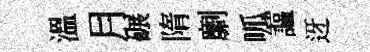
溫月碾隋劘呱謳迓